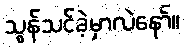
သွန်သင်ခဲ့မှာလဲနော်။